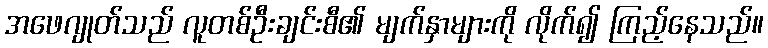
အဖေဂျုတ်သည် လူတစ်ဦးချင်းစီ၏ မျက်နှာများကို လိုက်၍ ကြည့်နေသည်။